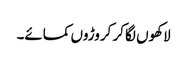
لاکھوں لگا کر کروڑوں کمائے۔